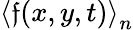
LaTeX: \left\langle\mathfrak{f}(x,y,t)\right\rangle_{n}